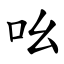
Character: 吆